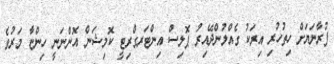
ފުރާނަޔަށް ހިތުހުރި އިރަކު ގެއްލުންދޭއިރު ޕޮލިސް އިންޓަރގްރިޓީ ކޮމިޝަން އޮންނަނީ ހިންޏާ މަރުވެ